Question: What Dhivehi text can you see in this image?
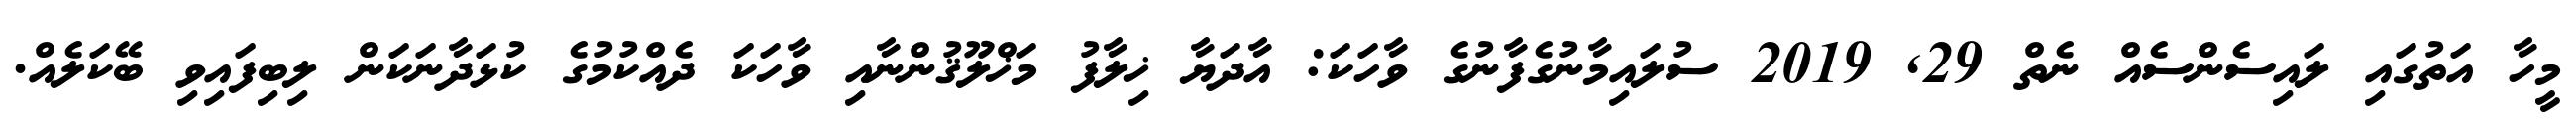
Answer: މީހާ އަތުގައި ލައިސެންސެއް ނެތް 29, 2019 ސުލައިމާނުގެފާނުގެ ވާހަކަ: އާދަޔާ ޚިލާފު މަޚްލޫޤުންނާއި ވާހަކަ ދެއްކުމުގެ ކުޅަދާނަކަން ލިބިފައިވި ބޭކަލެއް.